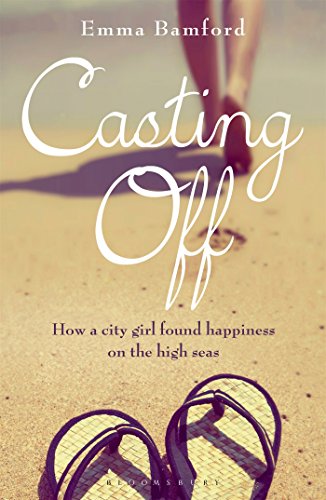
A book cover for Casting Off: How a City Girl Found Happiness on the High Seas; Emma Bamford; Travel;